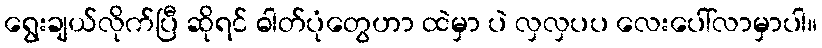
ရွေးချယ်လိုက်ပြီ ဆိုရင် ဓါတ်ပုံတွေဟာ ထဲမှာ ပဲ လှလှပပ လေးပေါ်လာမှာပါ။